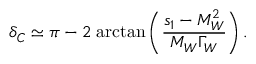
\delta _ { C } \simeq \pi - 2 \; \mathrm { a r c t a n } \left( { \frac { s _ { 1 } - M _ { W } ^ { 2 } } { M _ { W } \Gamma _ { W } } } \right) .